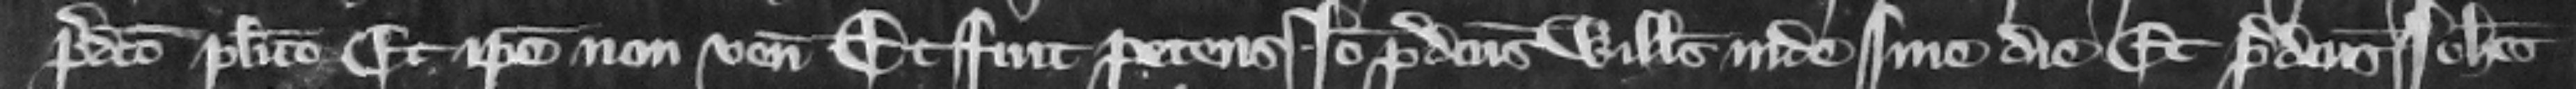
predicto placito. Et ipse non venit. Et fuit petens. Ideo predictus Willelmus inde sine die. Etpredictus Iohannes